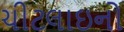
ચીટલાઇનો